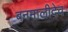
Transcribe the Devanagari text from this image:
बनमालीदेव